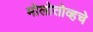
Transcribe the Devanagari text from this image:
मोलोतोव्हचे